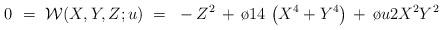
LaTeX: \begin{align*}0~=~{\cal W}(X,Y,Z;u)~=~ -Z^2\, + \,{\o {1}{4}} \,\left ( X^4 + Y^4 \right ) \, + \, {\o{u}{2}} X^2 Y^2\end{align*}